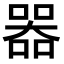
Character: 𠾖